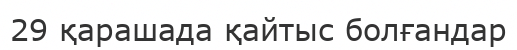
29 қарашада қайтыс болғандар